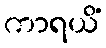
ကာရယိံ